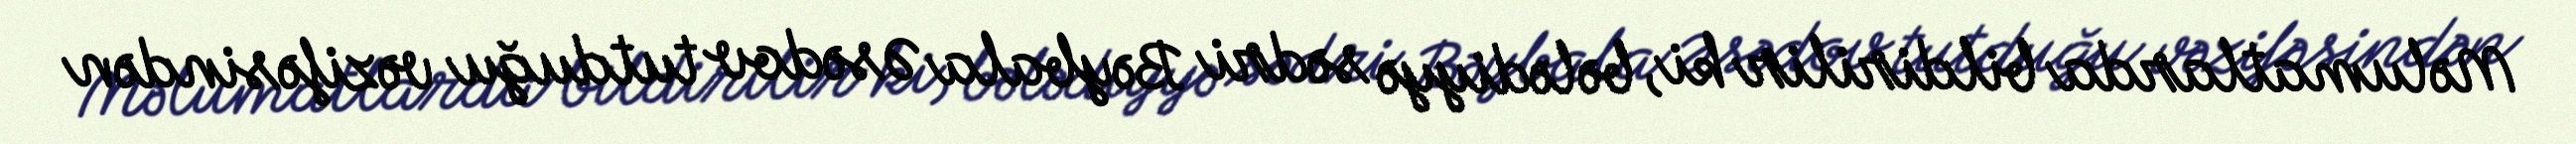
Məlumatlarda bildirilir ki, bələdiyyə sədri Bəybala Əsədov tutduğu vəzifəsindən